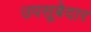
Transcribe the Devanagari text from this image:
उपसूबेदार